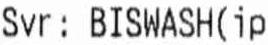
SVR : BISWASH (IP